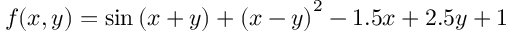
f ( x , y ) = \sin \left( x + y \right) + \left( x - y \right) ^ { 2 } - 1 . 5 x + 2 . 5 y + 1